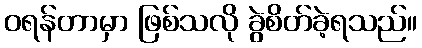
ဝရန်တာမှာ ဖြစ်သလို ခွဲစိတ်ခဲ့ရသည်။